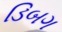
ડિબગ